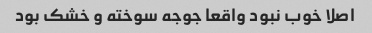
اصلا خوب نبود واقعا جوجه سوخته و خشک بود